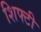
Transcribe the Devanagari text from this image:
शिफ्टी